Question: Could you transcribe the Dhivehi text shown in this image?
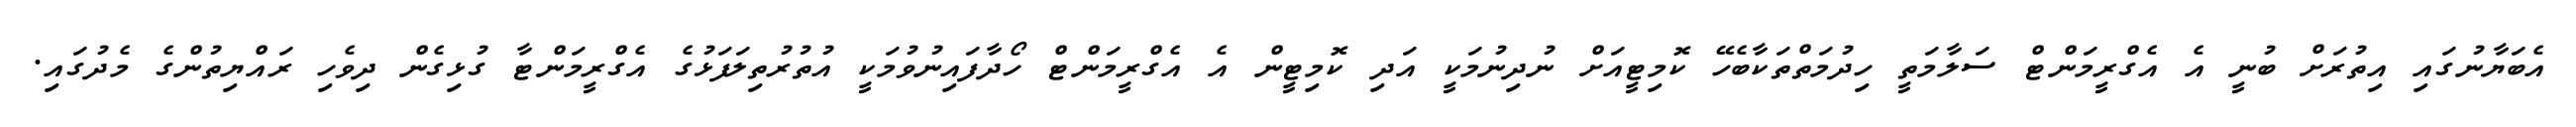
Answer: އެބަޔާނުގައި އިތުރަށް ބުނީ އެ އެގްރީމަންޓް ސަލާމަތީ ހިދުމަތްތަކާބެހޭ ކޮމިޓީއަށް ނުދިނުމަކީ އަދި ކޮމިޓީން އެ އެގްރީމަންޓް ހޯދާފައިނުވުމަކީ އުތުރުތިލަފަޅުގެ އެގްރީމަންޓާ ގުޅިގެން ދިވެހި ރައްޔިތުންގެ މެދުގައި.